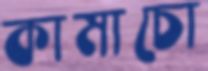
কামাচো